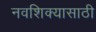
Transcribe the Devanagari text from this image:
नवशिक्यासाठी